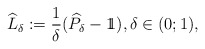
\begin{align*}\widehat{L}_\delta:=\frac{1}{\delta}(\widehat{P}_\delta-1\!\!1), \delta\in(0;1),\end{align*}